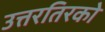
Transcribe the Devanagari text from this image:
उत्तरतिरको